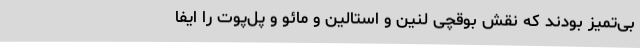
بی‌تمیز بودند که نقش بوقچی لنین و استالین و مائو و پل‌پوت را ایفا